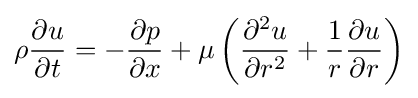
\rho {\frac {\partial u}{\partial t}}=-{\frac {\partial p}{\partial x}}+\mu \left({\frac {\partial ^{2}u}{\partial r^{2}}}+{\frac {1}{r}}{\frac {\partial u}{\partial r}}\right)